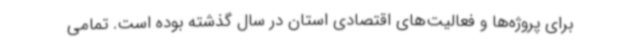
برای پروژه‌ها و فعالیت‌های اقتصادی استان در سال گذشته بوده است. تمامی